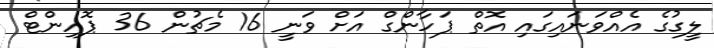
ލީގުގެ އެއްވަނައިގައި އޮތް ޕަހާންގް އަށް ވަނީ 16 މެޗުން 36 ޕޮއިންޓް